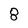
Character: 8